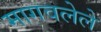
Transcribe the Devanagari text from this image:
मागवलेले